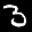
Label: 3